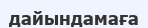
дайындамаға